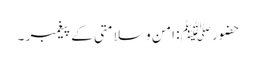
حضورﷺ : امن و سلامتی کے پیغمبر ۔